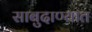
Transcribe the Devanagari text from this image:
साबुदाण्यात